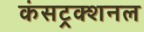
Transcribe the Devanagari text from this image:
कंसट्रक्शनल